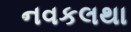
નવકલથા